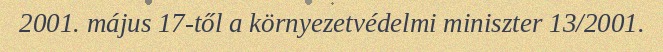
2001. május 17-től a környezetvédelmi miniszter 13/2001.